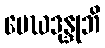
မေဃဒုန္ဒုဘိ